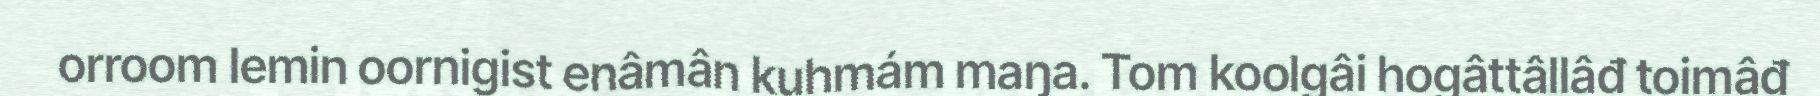
orroom lemin oornigist enâmân kuhmám maŋa. Tom koolgâi hogâttâllâđ toimâđ